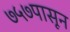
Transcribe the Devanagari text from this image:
७५७पासून